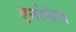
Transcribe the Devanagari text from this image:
एनोफेज